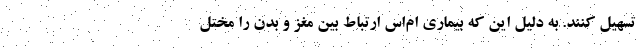
تسهیل کنند. به دلیل این که بیماری ام‌اس ارتباط بین مغز و بدن را مختل